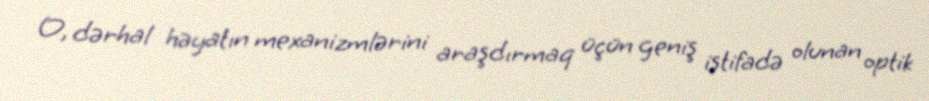
O, dərhal həyatın mexanizmlərini araşdırmaq üçün geniş istifadə olunan optik